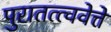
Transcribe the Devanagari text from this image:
पुरातत्त्ववेत्ते